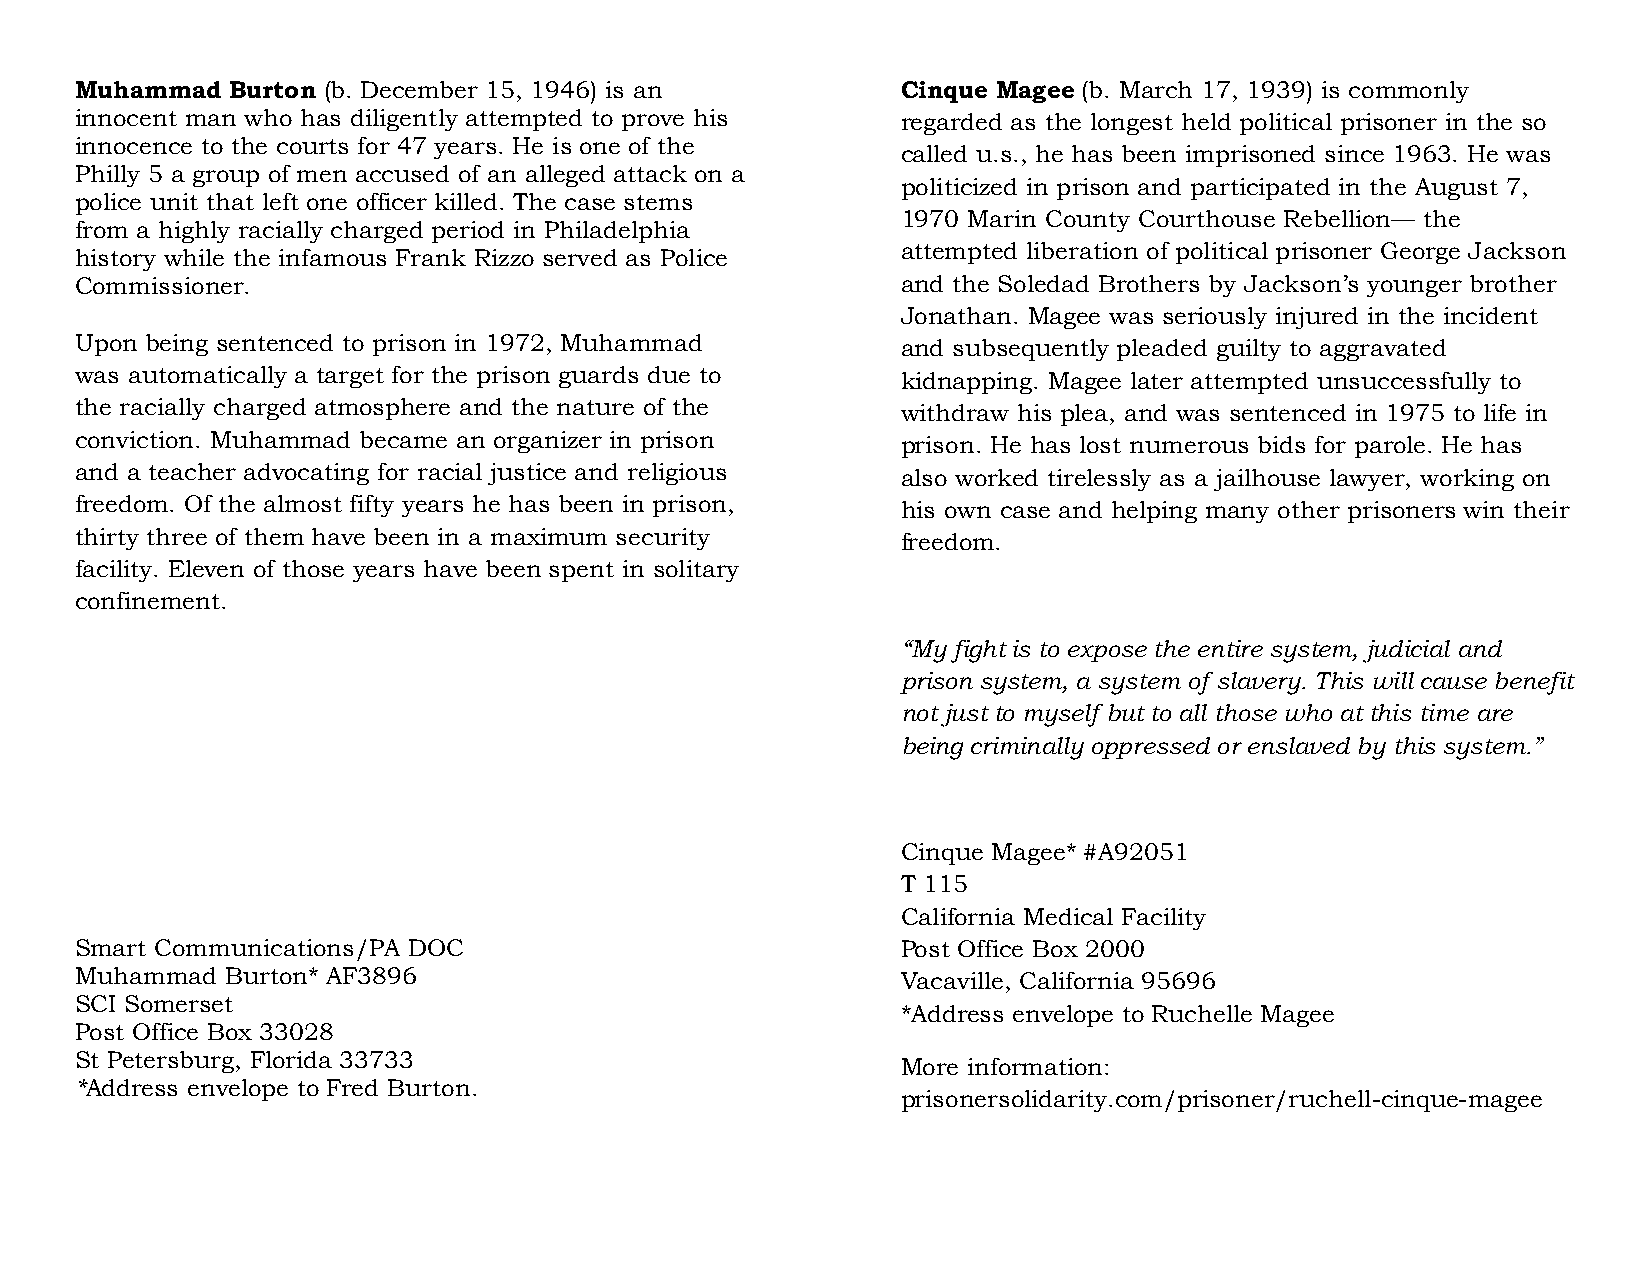
Muhammad  Burton (b. December 15, 1946) is an          Cinque Magee (b. March 17, 1939) is commonly
 innocent man who has diligently attempted to prove his regarded as the longest held political prisoner in the so
 innocence to the courts for 47 years. He is one of the
 called u.s., he has been imprisoned since 1963. He was
 Philly 5 a group of men accused of an alleged attack on a
 politicized in prison and participated in the August 7,
 police unit that left one officer killed. The case stems
 1970 Marin County Courthouse Rebellion— the
 from a highly racially charged period in Philadelphia
 attempted liberation of political prisoner George Jackson
 history while the infamous Frank Rizzo served as Police
 Commissioner.                                          and the Soledad Brothers by Jackson’s younger brother
 Jonathan. Magee was seriously injured in the incident
 Upon being sentenced to prison in 1972, Muhammad       and subsequently pleaded guilty to aggravated
 was automatically a target for the prison guards due to kidnapping. Magee later attempted unsuccessfully to
 the racially charged atmosphere and the nature of the  withdraw his plea, and was sentenced in 1975 to life in
 conviction. Muhammad became an organizer in prison     prison. He has lost numerous bids for parole. He has
 and a teacher advocating for racial justice and religious also worked tirelessly as a jailhouse lawyer, working on
 freedom. Of the almost fifty years he has been in prison, his own case and helping many other prisoners win their
 thirty three of them have been in a maximum security   freedom.
 facility. Eleven of those years have been spent in solitary
 confinement.
 “My fight is to expose the entire system, judicial and
 prison system, a system of slavery. This will cause benefit
 not just to myself but to all those who at this time are
 being criminally oppressed or enslaved by this system.”
 Cinque Magee* #A92051
 T 115
 California Medical Facility
 Smart Communications/PA DOC                            Post Office Box 2000
 Muhammad  Burton* AF3896                               Vacaville, California 95696
 SCI Somerset
 *Address envelope to Ruchelle Magee
 Post Office Box 33028
 St Petersburg, Florida 33733
 More information:
 *Address envelope to Fred Burton.
 prisonersolidarity.com/prisoner/ruchell-cinque-magee